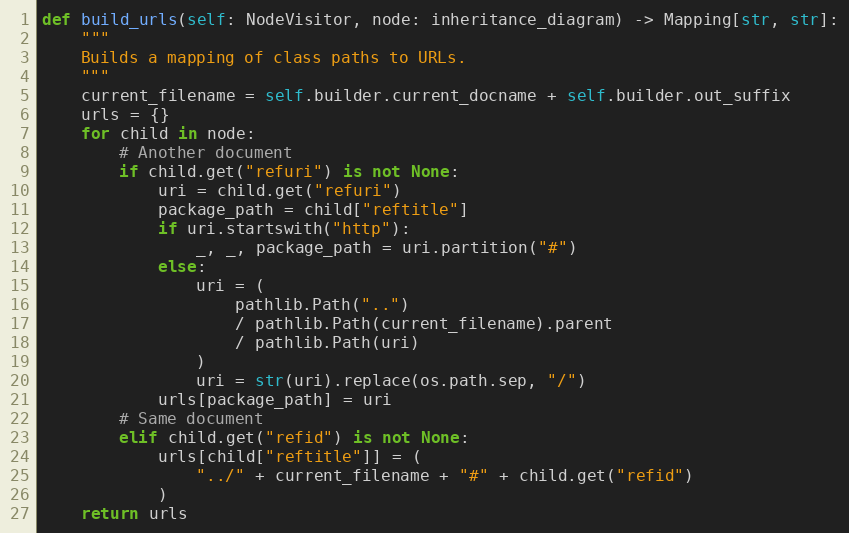
Language: Python
def build_urls(self: NodeVisitor, node: inheritance_diagram) -> Mapping[str, str]:
    """
    Builds a mapping of class paths to URLs.
    """
    current_filename = self.builder.current_docname + self.builder.out_suffix
    urls = {}
    for child in node:
        # Another document
        if child.get("refuri") is not None:
            uri = child.get("refuri")
            package_path = child["reftitle"]
            if uri.startswith("http"):
                _, _, package_path = uri.partition("#")
            else:
                uri = (
                    pathlib.Path("..")
                    / pathlib.Path(current_filename).parent
                    / pathlib.Path(uri)
                )
                uri = str(uri).replace(os.path.sep, "/")
            urls[package_path] = uri
        # Same document
        elif child.get("refid") is not None:
            urls[child["reftitle"]] = (
                "../" + current_filename + "#" + child.get("refid")
            )
    return urls